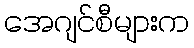
အေဂျင်စီများက